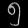
Digit: ၅